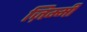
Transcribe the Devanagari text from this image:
ज़िम्मी